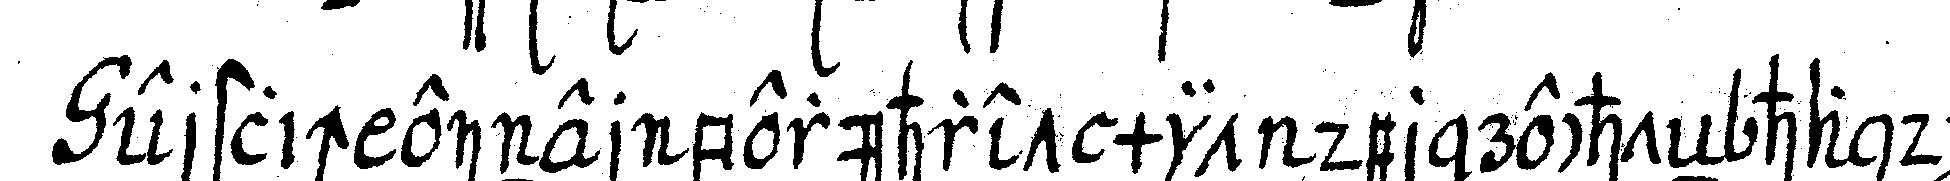
erstlich einer berühret mit der rechteN hand